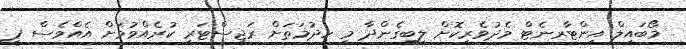
މޯބައިލް އިންޓާރނެޓް މެދުވެރިކޮށް ލިބިގެންދާ މި ހިދުމަތަށް ރަޖިސްޓަރީ ކުރެއްވުމަށް އެއްވެސް ފީ